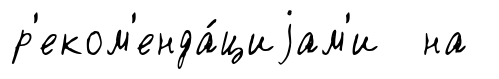
р'еком'енда́циjам'и на